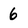
Character: 6